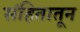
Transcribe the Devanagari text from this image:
संहितातून